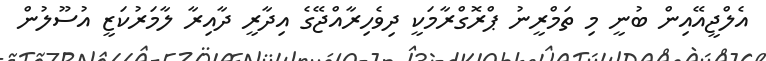
އެލްޖީއޭއިން ބުނީ މި ތަމްރީނު ޕްރޮގްރާމަކީ ދިވެހިރާއްޖޭގެ އިދާރީ ދާއިރާ ލާމަރުކަޒީ އުސޫލުން